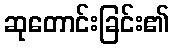
ဆုတောင်းခြင်း၏